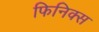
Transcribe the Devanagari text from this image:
फिनिक्‍स